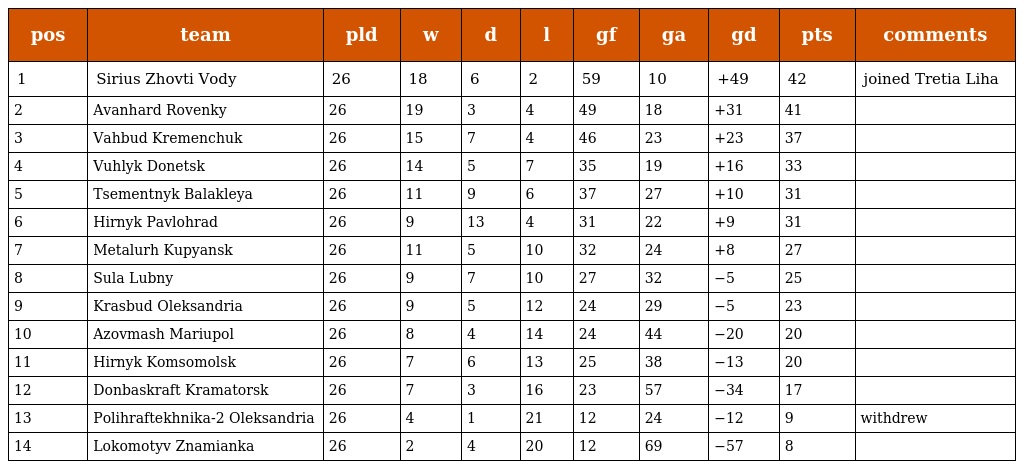
| pos | team | pld | w | d | l | gf | ga | gd | pts | comments |
 | --- | --- | --- | --- | --- | --- | --- | --- | --- | --- | --- |
 | 1 | Sirius Zhovti Vody | 26 | 18 | 6 | 2 | 59 | 10 | +49 | 42 | joined Tretia Liha |
 | 2 | Avanhard Rovenky | 26 | 19 | 3 | 4 | 49 | 18 | +31 | 41 |  |
 | 3 | Vahbud Kremenchuk | 26 | 15 | 7 | 4 | 46 | 23 | +23 | 37 |  |
 | 4 | Vuhlyk Donetsk | 26 | 14 | 5 | 7 | 35 | 19 | +16 | 33 |  |
 | 5 | Tsementnyk Balakleya | 26 | 11 | 9 | 6 | 37 | 27 | +10 | 31 |  |
 | 6 | Hirnyk Pavlohrad | 26 | 9 | 13 | 4 | 31 | 22 | +9 | 31 |  |
 | 7 | Metalurh Kupyansk | 26 | 11 | 5 | 10 | 32 | 24 | +8 | 27 |  |
 | 8 | Sula Lubny | 26 | 9 | 7 | 10 | 27 | 32 | −5 | 25 |  |
 | 9 | Krasbud Oleksandria | 26 | 9 | 5 | 12 | 24 | 29 | −5 | 23 |  |
 | 10 | Azovmash Mariupol | 26 | 8 | 4 | 14 | 24 | 44 | −20 | 20 |  |
 | 11 | Hirnyk Komsomolsk | 26 | 7 | 6 | 13 | 25 | 38 | −13 | 20 |  |
 | 12 | Donbaskraft Kramatorsk | 26 | 7 | 3 | 16 | 23 | 57 | −34 | 17 |  |
 | 13 | Polihraftekhnika-2 Oleksandria | 26 | 4 | 1 | 21 | 12 | 24 | −12 | 9 | withdrew |
 | 14 | Lokomotyv Znamianka | 26 | 2 | 4 | 20 | 12 | 69 | −57 | 8 |  |